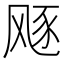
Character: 𱃛